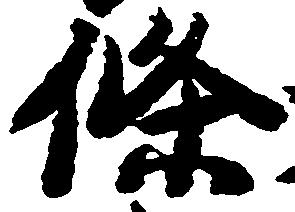
条